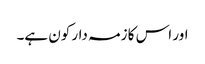
اور اس کا زمہ دار کون ہے۔